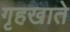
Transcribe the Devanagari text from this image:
गृहखाते